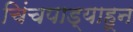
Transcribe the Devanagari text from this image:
चिंचपाड्याहून